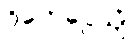
ဝိဟေဌေယျုံ